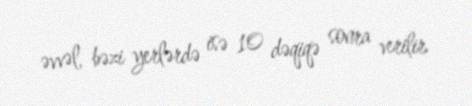
əvvəl, bəzi yerlərdə isə 10 dəqiqə sonra verilir.